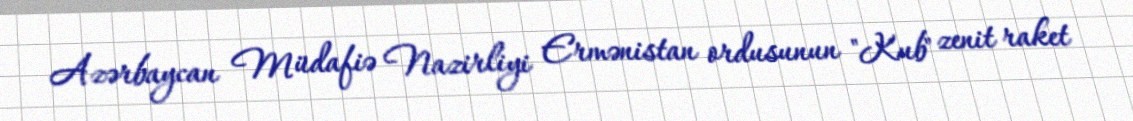
Azərbaycan Müdafiə Nazirliyi Ermənistan ordusunun "Kub" zenit raket